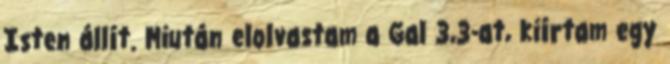
Isten állít. Miután elolvastam a Gal 3,3-at, kiírtam egy